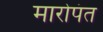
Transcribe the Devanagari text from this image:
मारोपंत